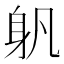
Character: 𨈔